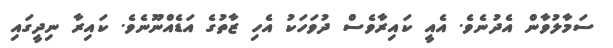
ސަމާލުވާން އެދުނެވެ. އެއީ ކައިރާވެސް ދުވަހަކު އެހި ޒާތުގެ އަޑެއްނޫނެވެ. ކައިރާ ނިދީގައި